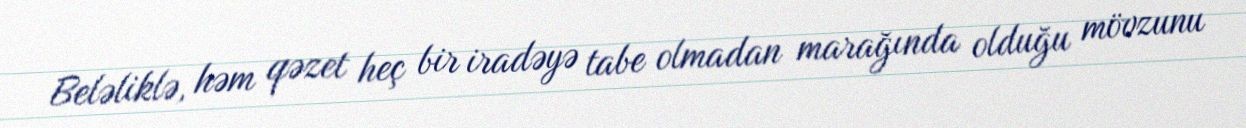
Beləliklə, həm qəzet heç bir iradəyə tabe olmadan marağında olduğu mövzunu